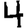
Digit: 4